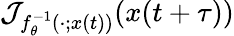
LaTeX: \mathcal{J}_{f_{\theta}^{-1}({}\cdot{};x(t))}(x(t+\tau))